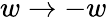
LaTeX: w\to-w